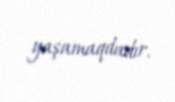
yaşamaqdadır.